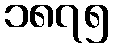
၁၈၇၅